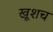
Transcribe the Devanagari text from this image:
खूशच